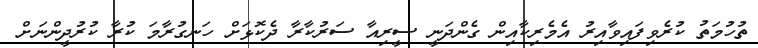
ތުހުމަތު ކުރެވިފައިވާއިރު އެމެރިކާއިން ގެންދަނީ ސީރިއާ ސަރުކާރާ ދެކޮޅަށް ހަނގުރާމަ ކުރާ ކުރުދީންނަށް